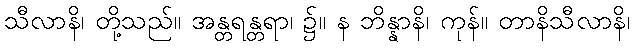
သီလာနိ၊ တို့သည်။ အန္တရန္တရာ၊ ၌။ န ဘိန္နာနိ၊ ကုန်။ တာနိသီလာနိ၊